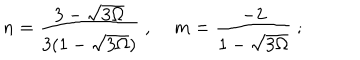
LaTeX: n = \frac { 3 - \sqrt { 3 \Omega } } { 3 ( 1 - \sqrt { 3 \Omega } ) } \; , \; m = \frac { - 2 } { 1 - \sqrt { 3 \Omega } } \; ;